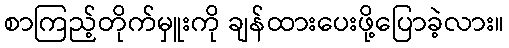
စာကြည့်တိုက်မှူးကို ချန်ထားပေးဖို့ပြောခဲ့လား။